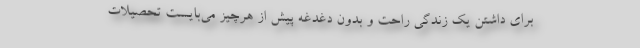
برای داشتن یک زندگی راحت و بدون دغدغه پیش از هرچیز می‌بایست تحصیلات